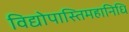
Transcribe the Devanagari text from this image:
विद्योपास्तिमहानिधि